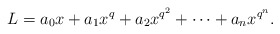
\begin{align*}L=a_0x+a_1x^q+a_2x^{q^2}+\cdots+a_n x^{q^n}.\end{align*}